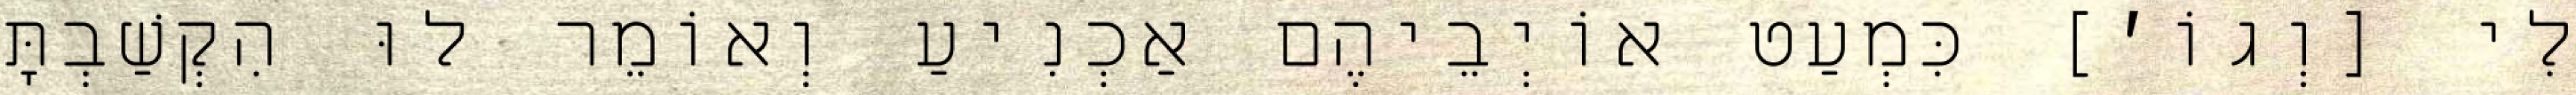
לִי [וְגוֹ׳] כִּמְעַט אוֹיְבֵיהֶם אַכְנִיעַ וְאוֹמֵר לוּ הִקְשַׁבְתָּ